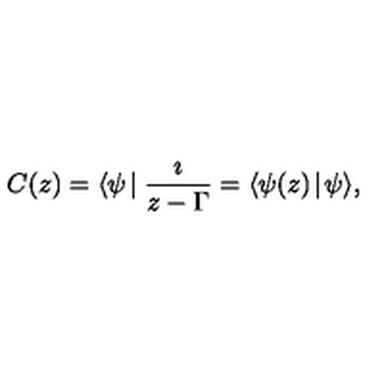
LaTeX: C ( z ) = \langle \psi \! \mid \frac { \imath } { z - \Gamma } = \langle \psi ( z ) \! \mid \! \psi \rangle ,